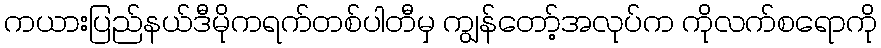
ကယားပြည်နယ်ဒီမိုကရက်တစ်ပါတီမှ ကျွန်တော့်အလုပ်က ကိုလက်စရောကို